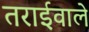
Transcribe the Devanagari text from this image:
तराईवाले